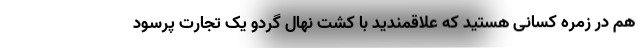
هم در زمره کسانی هستید که علاقمندید با کشت نهال گردو یک تجارت پرسود